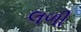
લળી